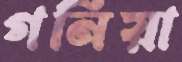
গনিয়া